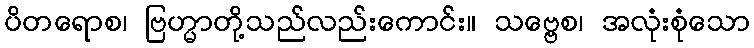
ပိတရောစ၊ ဗြဟ္မာတို့သည်လည်းကောင်း။ သဗ္ဗေစ၊ အလုံးစုံသော